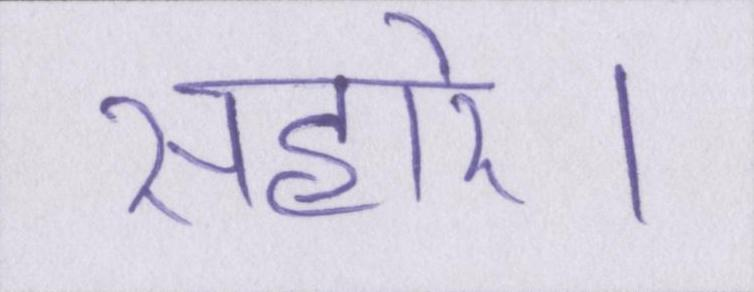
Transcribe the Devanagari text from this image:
सहारे।